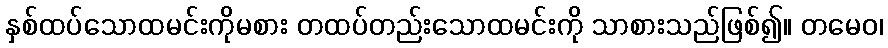
နှစ်ထပ်သောထမင်းကိုမစား တထပ်တည်းသောထမင်းကို သာစားသည်ဖြစ်၍။ တမေဝ၊